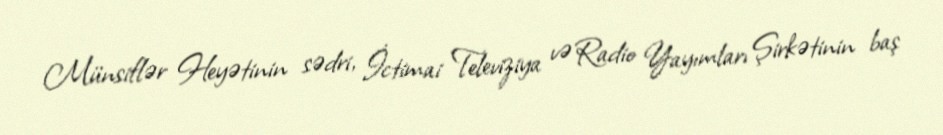
Münsiflər Heyətinin sədri, İctimai Televiziya və Radio Yayımları Şirkətinin baş